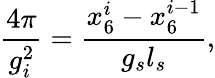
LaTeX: \frac{4\pi}{g_{i}^{2}}=\frac{x_{6}^{i}-x_{6}^{i-1}}{g_{s}l_{s}},